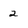
Character: 2